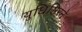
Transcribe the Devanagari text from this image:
युधिष्ठिरने